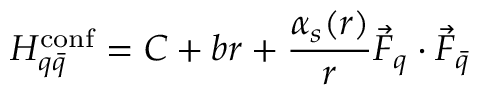
H _ { q \bar { q } } ^ { \mathrm { c o n f } } = C + b r + { \frac { \alpha _ { s } ( r ) } { r } } \vec { F } _ { q } \cdot \vec { F } _ { \bar { q } }